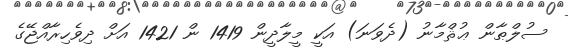
ސުލްޠާން ޢުޘްމާނު (ދެވަނަ) އަކީ މީލާދީން 1419 ން 1421 އަށް ދިވެހިރާއްޖޭގެ